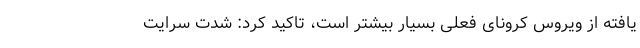
یافته از ویروس کرونای فعلی بسیار بیشتر است، تاکید کرد: شدت سرایت